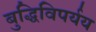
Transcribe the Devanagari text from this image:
बुद्धिविपर्यय